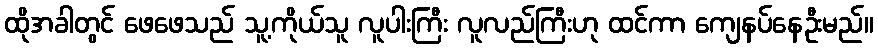
ထိုအခါတွင် ဖေဖေသည် သူ့ကိုယ်သူ လူပါးကြီး လူလည်ကြီးဟု ထင်ကာ ကျေနပ်နေဦးမည်။